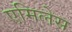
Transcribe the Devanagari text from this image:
एमिलेस